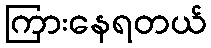
ကြားနေရတယ်